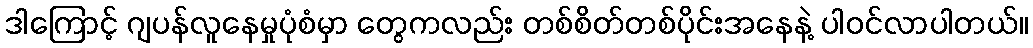
ဒါကြောင့် ဂျပန်လူနေမှုပုံစံမှာ တွေကလည်း တစ်စိတ်တစ်ပိုင်းအနေနဲ့ ပါဝင်လာပါတယ်။